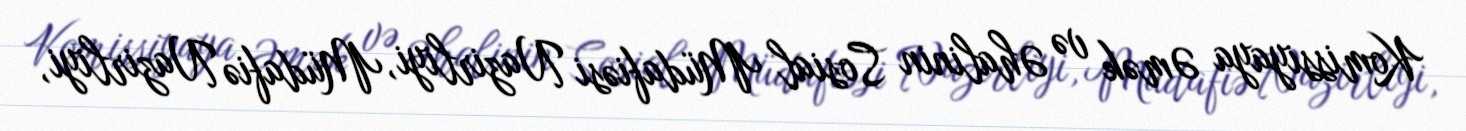
Komissiyaya Əmək və Əhalinin Sosial Müdafiəsi Nazirliyi, Müdafiə Nazirliyi,